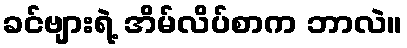
ခင်ဗျားရဲ့ အိမ်လိပ်စာက ဘာလဲ။